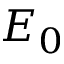
E _ { 0 }